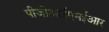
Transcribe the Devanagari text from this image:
पीजीआईएमईआर